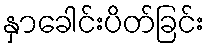
နှာခေါင်းပိတ်ခြင်း